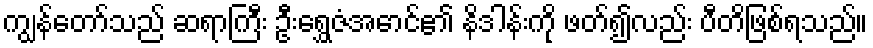
ကျွန်တော်သည် ဆရာကြီး ဦးရွှေဇံအောင်၏ နိဒါန်းကို ဖတ်၍လည်း ပီတိဖြစ်ရသည်။